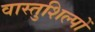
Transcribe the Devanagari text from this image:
वास्तुशिल्पों